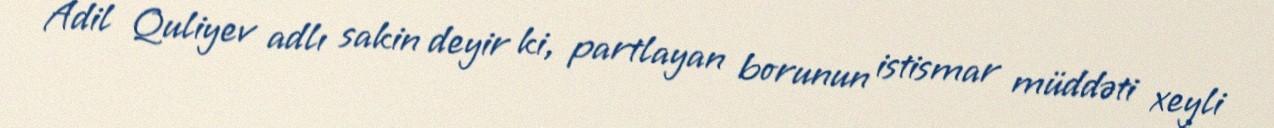
Adil Quliyev adlı sakin deyir ki, partlayan borunun istismar müddəti xeyli